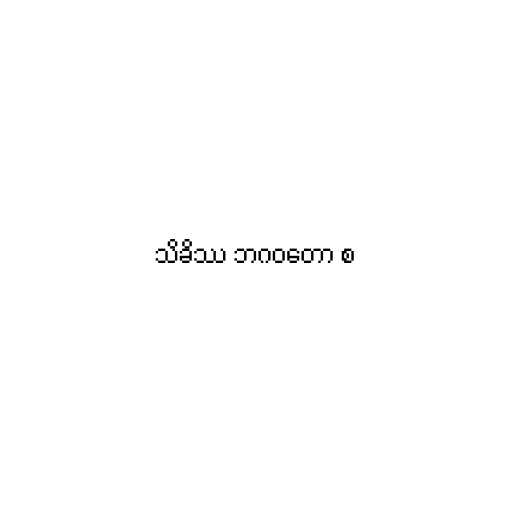
သိခိဿ ဘဂဝတော စ